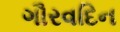
ગૌરવદિન